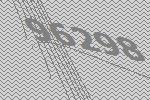
96298